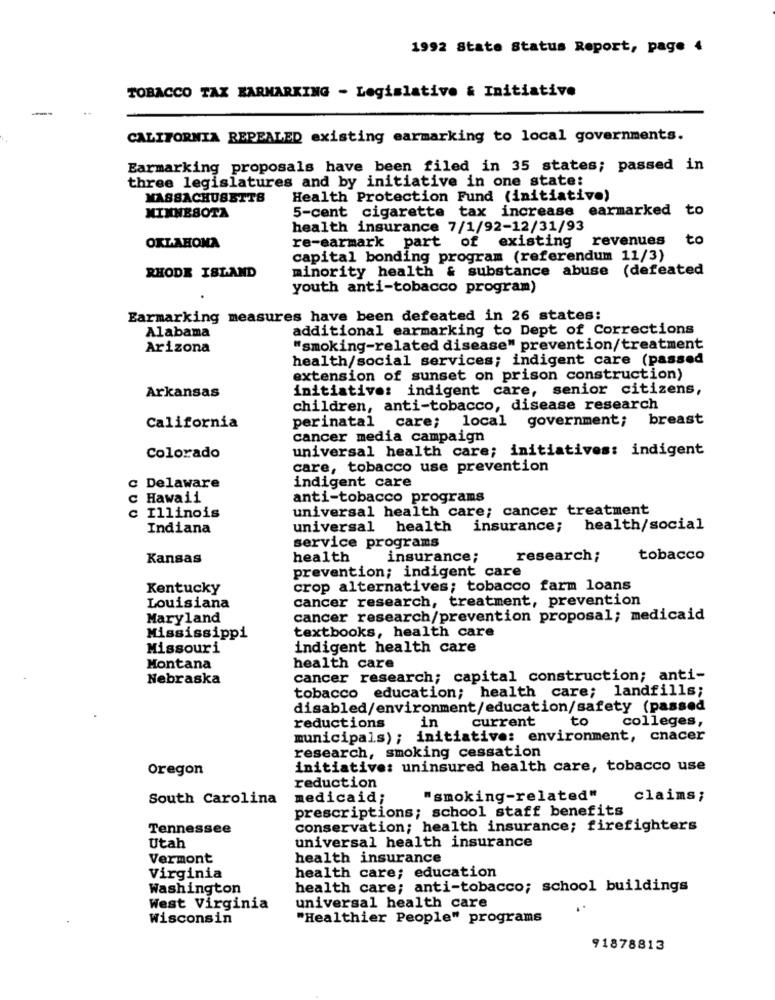
1992 State Status Report, page 4
TOBACCO TAX BARMARKING - Legislativo & Initiative
CALIFORNIA REPEALED existing earmarking to local governments.
Earmarking proposals have been filed in 35 states; passed in
three legislatures and by initiative in one state:
MASSACHUSETTS
Health Protection Fund (initiative)
5-cent cigarette tax increase earmarked to
MINNESOTA
health insurance 7/1/92-12/31/93
re-earmark part of existing revenues
to
OKLAHOMA
capital bonding program (referendum 11/3)
minority health & substance abuse (defeated
RHODE ISLAND
youth anti-tobacco program)
Earmarking measures have been defeated in 26 states:
Alabama
additional earmarking to Dept of Corrections
Arizona
"smoking-related disease" prevention/treatment
health/social services; indigent care (passed
extension of sunset on prison construction)
Arkansas
initiative: indigent care, senior citizens,
children, anti-tobacco, disease research
perinatal care; local government;
breast
California
cancer media campaign
universal health care; initiatives: indigent
Colorado
care, tobacco use prevention
c Delaware
indigent care
c Hawaii
anti-tobacco programs
universal health care; cancer treatment
c Illinois
Indiana
universal health insurance;
health/social
service programs
Kansas
health
insurance;
research;
tobacco
prevention; indigent care
Kentucky
crop alternatives; tobacco farm loans
cancer research, treatment, prevention
Louisiana
Maryland
cancer research/prevention proposal; medicaid
Mississippi
textbooks, health care
Missouri
indigent health care
Montana
health care
Nebraska
cancer research; capital construction; anti-
tobacco education; health care; landfills;
disabled/environment/education/safety (passed
in
current
to
reductions
colleges,
municipals) ; initiative: environment, cnacer
research, smoking cessation
Oregon
initiative: uninsured health care, tobacco use
reduction
South Carolina
medicaid;
"smoking-related"
claims;
prescriptions; school staff benefits
Tennessee
conservation; health insurance; firefighters
Utah
universal health insurance
Vermont
health insurance
Virginia
health care; education
Washington
health care; anti-tobacco; school buildings
West Virginia
universal health care
Wisconsin
"Healthier People" programs
91878813